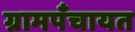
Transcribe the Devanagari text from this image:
ग्रामपँचायत